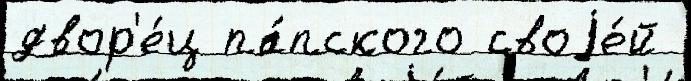
двор'е́ц па́пского своjе́й